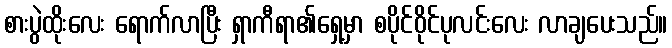
စားပွဲထိုးလေး ရောက်လာပြီး ရှာကီရာ၏ရှေ့မှာ စပိုင်ဝိုင်ပုလင်းလေး လာချပေးသည်။